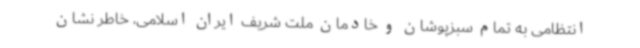
انتظامی به تمام سبزپوشان و خادمان ملت شریف ایران اسلامی، خاطر نشان